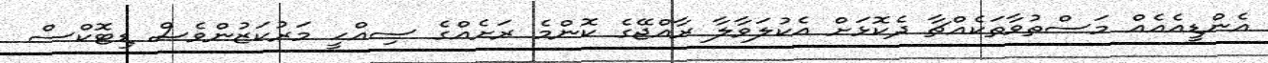
އެންޑީއެއެއް މަސްތުވާތަކެއްޗާ ދެކޮޅަށް އެކުލަވާލާ ރާއްޖޭގެ ކޮންމެ ރަށެއްގެ ސިއްހީ މަރުކަޒުންވެސް ޑިޓޮކްސް